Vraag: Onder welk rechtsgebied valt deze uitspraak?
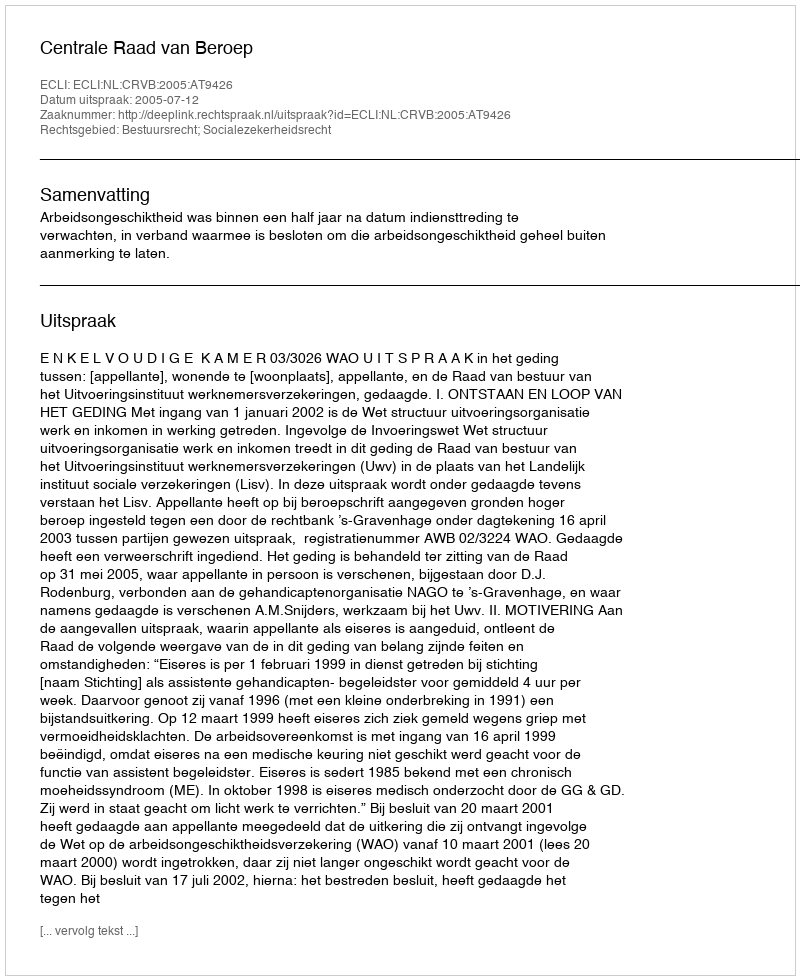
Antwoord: Bestuursrecht; Socialezekerheidsrecht